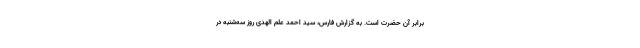
برابر آن حضرت است. به گزارش فارس، سید احمد علم الهدی روز سه‌شنبه در